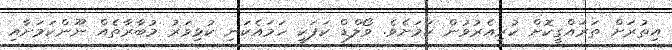
އިތުރަށް ތަރައްގީކޮށް ކުރިއެރުވުން ކަމަށެވެ. ވޯލްޑް ކަޕަކީ ހަމައެކަނި ކުޅިވަރު މުބާރާތެއް ނޫންކަމަށާއި